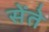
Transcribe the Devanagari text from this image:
सेंते